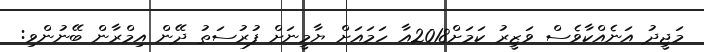
މަޖީދު އަނެއްކާވެސް ވަޒީރު ކަމަށް2018އާ ހަމައަށް ޔާމީނަށް ފުރުސަތު ދޭން އިމްރާން ބޭނުންވި: